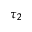
\tau _ { 2 }